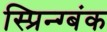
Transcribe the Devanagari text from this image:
स्प्रिन्ग्बंक